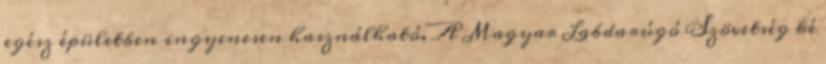
egész épületben ingyenesen használható. A Magyar Labdarúgó Szövetség ké